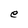
Character: e